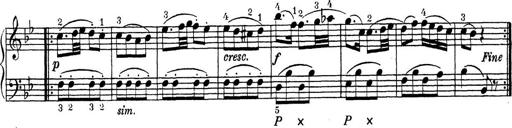
Title: ÄŒeskÃ© Sonatiny
Composer: Various